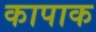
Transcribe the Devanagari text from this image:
कापाक